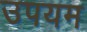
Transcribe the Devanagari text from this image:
उपयम